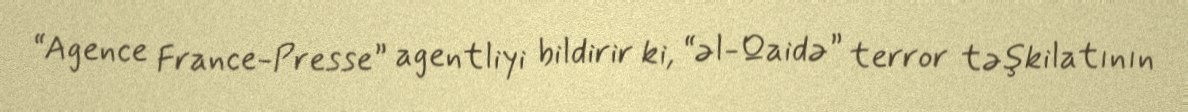
“Agence France-Presse” agentliyi bildirir ki, “əl-Qaidə” terror təşkilatının